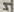
Text: 4